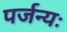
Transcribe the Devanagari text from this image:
पर्जन्यः